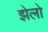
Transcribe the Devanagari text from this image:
झेलो